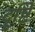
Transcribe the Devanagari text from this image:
दॄ्ष्टि